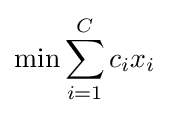
\min \sum _{i=1}^{C}c_{i}x_{i}